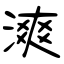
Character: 漺